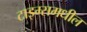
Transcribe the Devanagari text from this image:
टाइम्समधील